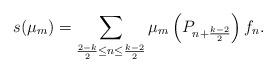
LaTeX: \begin{align*}s(\mu_m)=\sum_{\frac{2-k}{2}\leq n\leq\frac{k-2}{2}}\mu_m\left(P_{n+\frac{k-2}{2}}\right)f_n.\end{align*}